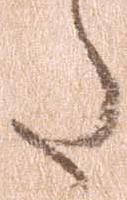
た